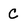
Character: C